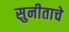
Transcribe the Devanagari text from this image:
सुनीताचे